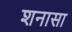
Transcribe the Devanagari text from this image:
शनासा